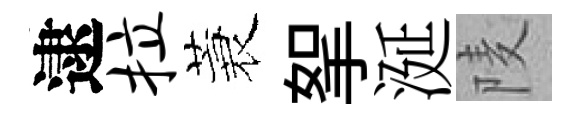
逮拉蓑挐涎𨹧